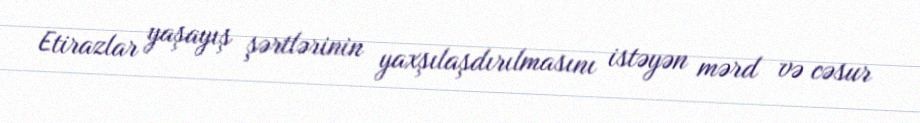
Etirazlar yaşayış şərtlərinin yaxşılaşdırılmasını istəyən mərd və cəsur